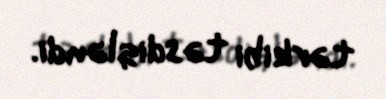
tərkibi təsdiqləndi.